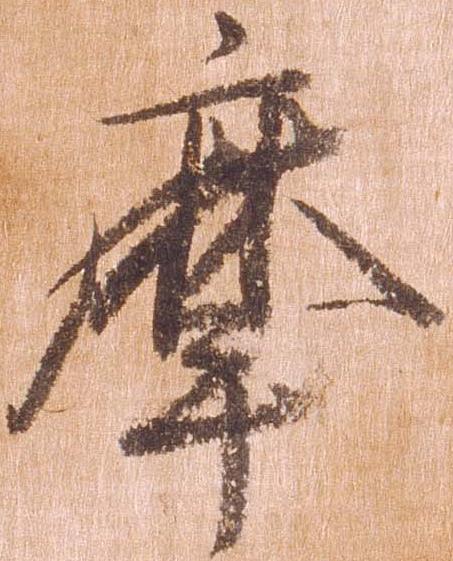
摩